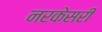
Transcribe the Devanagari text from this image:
नरकेसरी